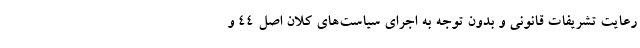
رعایت تشریفات قانونی و بدون توجه به اجرای سیاست‌های کلان اصل ۴۴ و